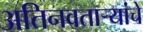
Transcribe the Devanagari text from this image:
अतिनवताऱ्यांचे